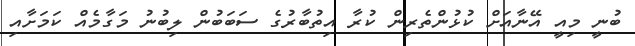
ބުނީ މިއީ އޭނާއަށް ކުޅުންތެރިން ކުރާ އިތުބާރުގެ ސަބަބުން ލިބުނު މަގާމެއް ކަމަށާއި